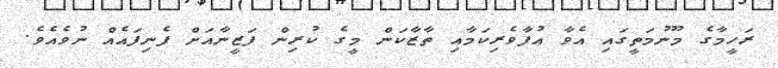
ރަހީމާގެ މޫނުމަތީގައި އެވާ އުފާވެރިކަމާއި ތާޒާކަން މީގެ ކުރިން ފަޒީނާއަށް ފެނިފައެއް ނުވެއެވެ.